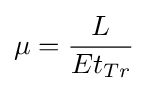
\mu ={\frac {L}{Et_{Tr}}}